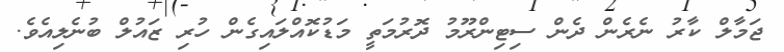
ޖަމާލް ކާރު ނެރެން ދެން ސިޓިންރޫމު ދޮރުމަތީ މަޑުކޮއްލައިގެން ހުރި ޒައުލް ބުނެލިއެވެ.